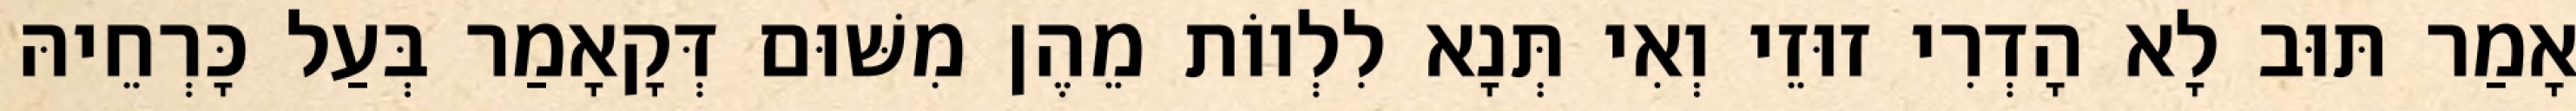
אָמַר תּוּב לָא הָדְרִי זוּזֵי וְאִי תְּנָא לִלְווֹת מֵהֶן מִשּׁוּם דְּקָאָמַר בְּעַל כָּרְחֵיהּ